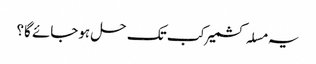
یہ مسلہ کشمیر کب تک حل ہوجائے گا؟